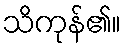
သိကုန်၏။